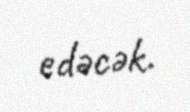
edəcək.